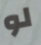
لو